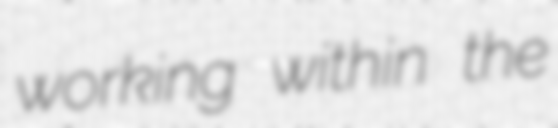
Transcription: working within the